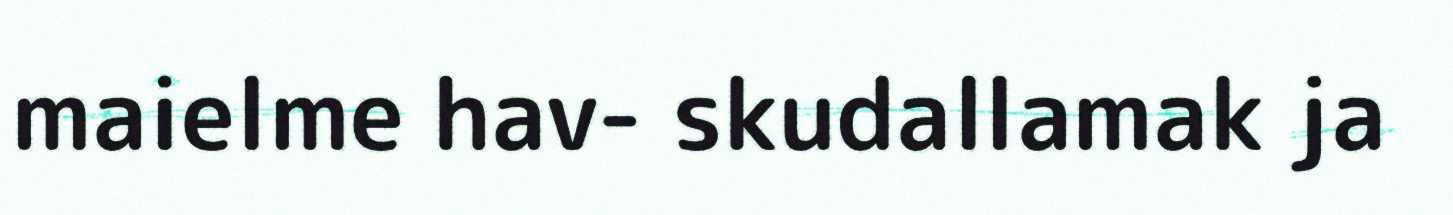
maielme hav- skudallamak ja